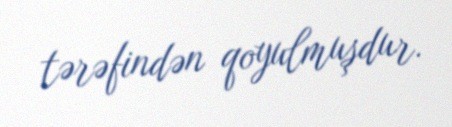
tərəfindən qoyulmuşdur.